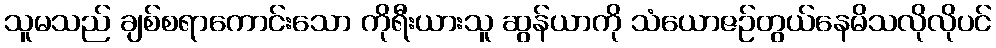
သူမသည် ချစ်စရာကောင်းသော ကိုရီးယားသူ ဆွန်ယာကို သံယောဇဉ်တွယ်နေမိသလိုလိုပင်